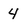
Character: 4